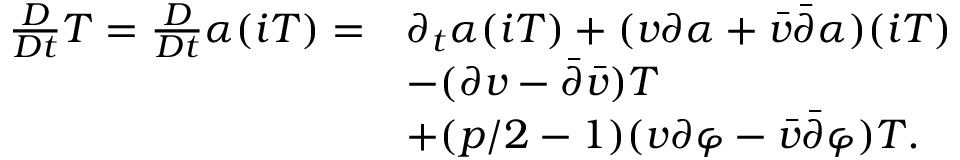
\begin{array} { r l } { \frac { D } { D t } T = \frac { D } { D t } \alpha ( i T ) = } & { \partial _ { t } \alpha ( i T ) + ( v \partial \alpha + \bar { v } \bar { \partial } \alpha ) ( i T ) } \\ & { - ( \partial v - \bar { \partial } \bar { v } ) T } \\ & { + ( p / 2 - 1 ) ( v \partial \varphi - \bar { v } \bar { \partial } \varphi ) T . } \end{array}